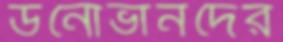
ডনোভানদের